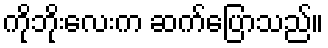
ကိုဘိုးလေးက ဆက်ပြောသည်။